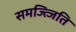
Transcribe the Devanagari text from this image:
समज्त्जिति